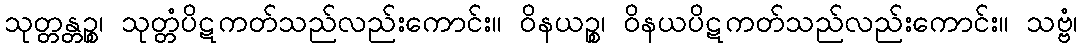
သုတ္တန္တဉ္စ၊ သုတ္တံပိဋကတ်သည်လည်းကောင်း။ ဝိနယဉ္စ၊ ဝိနယပိဋကတ်သည်လည်းကောင်း။ သဗ္ဗံ၊